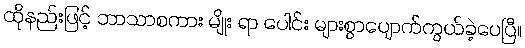
ထိုနည်းဖြင့် ဘာသာစကား မျိုး ရာ ပေါင်း များစွာပျောက်ကွယ်ခဲ့ပေပြီ။